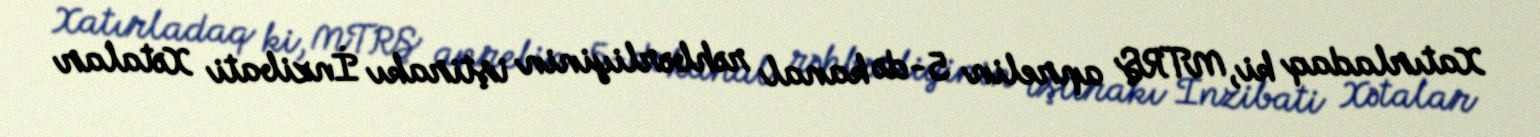
Xatırladaq ki, MTRŞ aprelin 5-də kanal rəhbərliyinin iştirakı İnzibati Xətalar